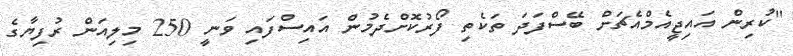
"ކުރިން އައިޖީއެމްއެޗަށް ބޭސްފަދަ ތަކެތި ފޯރުކޮށްދެމުން އައިސްފައި ވަނީ 250 މިލިއަން ރުފިޔާގެ